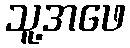
သူ့အဖေ